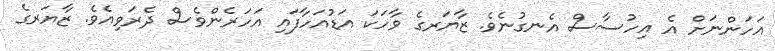
އަހަންނަށް އެ އިހުސާސް އެނގުނެވެ. ޒާޔަރގެ ވާހަކަ އަޑުއަހާފައި އަހަރެންވެސް ދެރަވިއެވެ. ޒާޔަރގެ